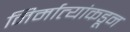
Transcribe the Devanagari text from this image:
निर्मात्यांकडून